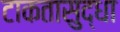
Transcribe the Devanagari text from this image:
टाकतासुद्धा